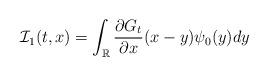
LaTeX: \begin{align*}\mathcal{I}_1(t,x)= \int_{\mathbb{R}} \frac{\partial G_t }{\partial x}(x-y) \psi_0(y) dy\end{align*}